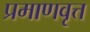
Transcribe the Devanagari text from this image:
प्रमाणवृत्त